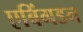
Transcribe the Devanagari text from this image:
एबिंगडन